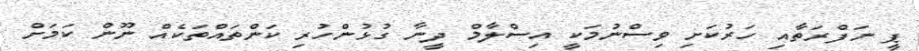
ޕީ ނަފްރަތާއި ހަރުކަށި ވިސްނުމަކީ އިސްލާމް ދީނާ ގުޅުންހުރި ކަންތައްތަކެއް ނޫން ކަމަށް